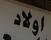
اولاد